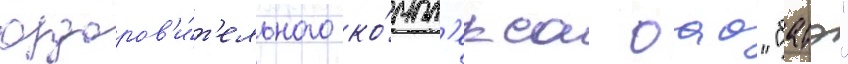
оздоров'и́т'ельного ко́мпл'екса оао "батэ"